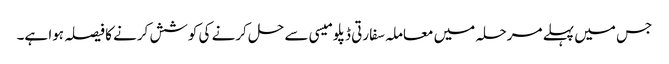
جس میں پہلے مرحلہ میں معاملہ سفارتی ڈپلومیسی سے حل کرنے کی کوشش کرنے کا فیصلہ ہوا ہے۔